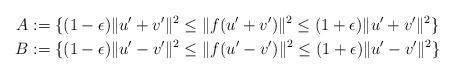
LaTeX: \begin{align*}A&:= \{(1-\epsilon)\|u'+v'\|^2 \le \|f(u'+v')\|^2 \le (1+\epsilon)\|u'+v'\|^2\} \\B&:= \{(1-\epsilon)\|u'-v'\|^2 \le \|f(u'-v')\|^2 \le (1+\epsilon)\|u'-v'\|^2\} \end{align*}